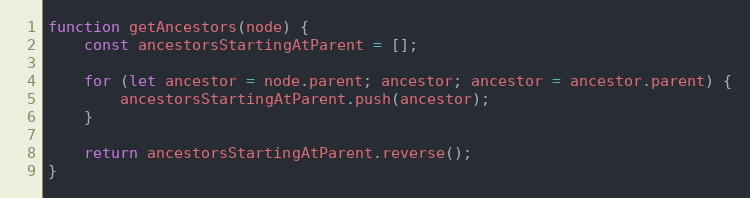
Language: JavaScript
function getAncestors(node) {
    const ancestorsStartingAtParent = [];

    for (let ancestor = node.parent; ancestor; ancestor = ancestor.parent) {
        ancestorsStartingAtParent.push(ancestor);
    }

    return ancestorsStartingAtParent.reverse();
}